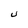
Character: U